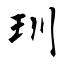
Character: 玔